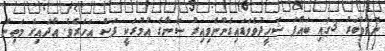
ނޮވެމްބަރު 3ގައި ބައްޕަ ޝަހީދުވެވަޑައިގެންނެވިއިރު ސަނާގެ އުމުރަކީ ފަސް އަހަރެވެ. އާދައިގެ މަތިން